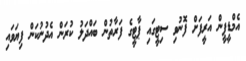
އެމްޑީޕީން އަރީފަށް ފޮނުވި ސިޓީގައި ޕާޓީގެ ފަރާތުން ބައްދަލު ކުރަން އެދުނުކަން ފިޔަވައި